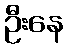
ဦးနေ